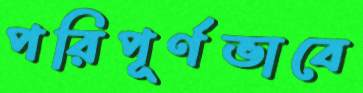
পরিপূর্ণভাবে